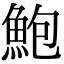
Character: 鮑